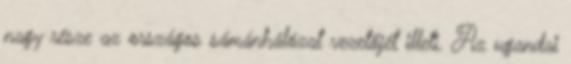
nagy része az országos sámánhálózat vezetőjét illeti. Az ugandai